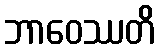
ဘာဝေဿတိ